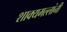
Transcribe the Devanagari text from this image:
शाक्यमल्लांनी